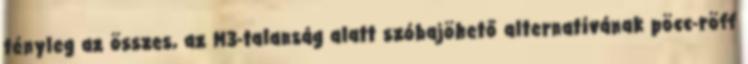
tényleg az összes, az M3-talanság alatt szóbajöhető alternatívának pöcc-röff